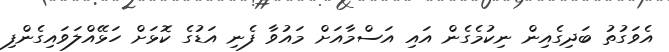
އެވަގުތު ބަދިގެއިން ނިކުމެގެން އައި އަސްމާއަށް މައުވާ ފެނި އަޑުގެ ކޮޅަށް ހަޅޭއްލަވައިގެންފި